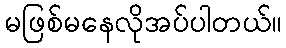
မဖြစ်မနေလိုအပ်ပါတယ်။